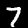
Digit: 7